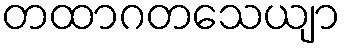
တထာဂတသေယျာ